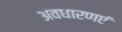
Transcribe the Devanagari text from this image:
अवधारणएं